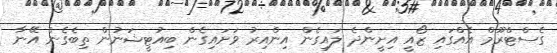
ގެސްޓްރޫމް އެއްގައި ޒޯއީ އިށީންދެ ލައިގެން އިންއިރު ވަށައިގެން ބިއުޓީޝަނުން ތިބެގެން އޭނާ